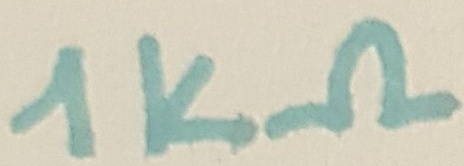
Text: 1kΩ